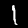
Digit: 1